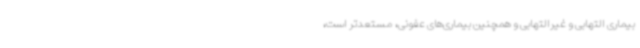
بیماری التهابی و غیرالتهابی و همچنین بیماری‌های عفونی، مستعدتر است،